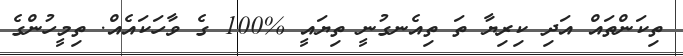
ތިކަންތައް އަދި ކިރިޔާ ތަ ތިއެނގުނީ ތިޔައީ %100 ގެ ވާހަކައެއް. ތިމީހުންގެ